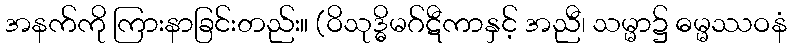
အနက်ကို ကြားနာခြင်းတည်း။ (ဝိသုဒ္ဓိမဂ်ဋီကာနှင့် အညီ၊ သမ္မာ၌ ဓမ္မဿဝနံ